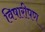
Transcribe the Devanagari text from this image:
विषारीपण